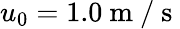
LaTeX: {{u}_{0}}=1.0\mathrm{~m~/~s~}